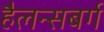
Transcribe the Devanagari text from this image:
हैलन्सबर्ग